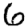
Digit: 6